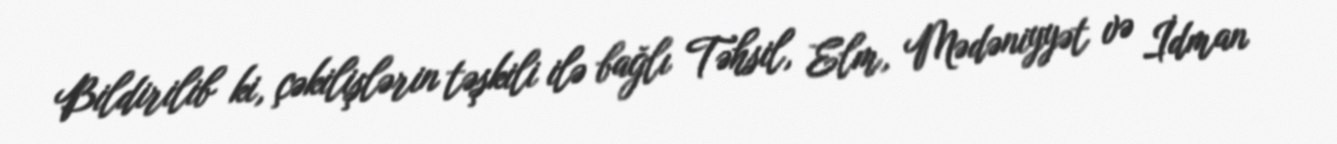
Bildirilib ki, çəkilişlərin təşkili ilə bağlı Təhsil, Elm, Mədəniyyət və İdman